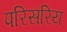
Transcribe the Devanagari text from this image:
परिसरिय